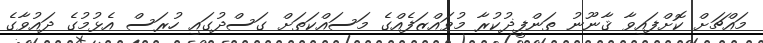
މައްޗަށް ކޮށްފައިވާ ޤާނޫނު ތަންފީޛުކުރާ މުވައްޒަފެއްގެ މަސައްކަތަށް ގަސްދުގައި ހުރަސް އެޅުމުގެ ދައުވާގެ